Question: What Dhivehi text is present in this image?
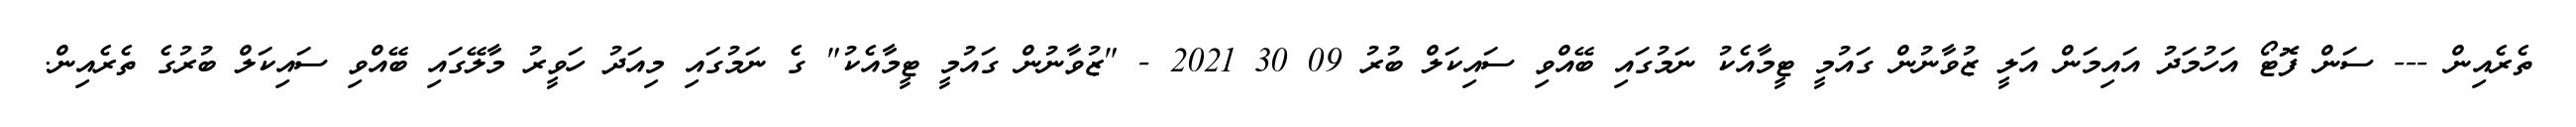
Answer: ތެރެއިން --- ސަން ފޮޓޯ އަހުމަދު އައިމަން އަލީ ޒުވާނުން ގައުމީ ޓީމާއެކު ނަމުގައި ބޭއްވި ސައިކަލް ބުރު 09 30 2021 - "ޒުވާނުން ގައުމީ ޓީމާއެކު" ގެ ނަމުގައި މިއަދު ހަވީރު މާލޭގައި ބޭއްވި ސައިކަލް ބުރުގެ ތެރެއިން.